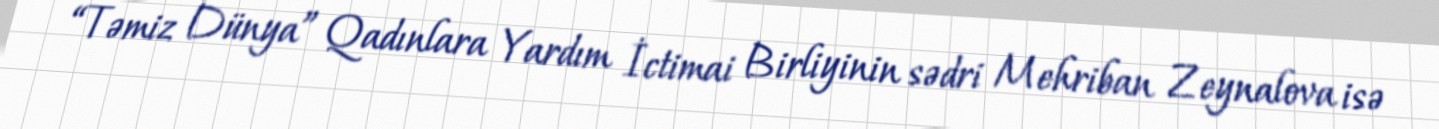
“Təmiz Dünya” Qadınlara Yardım İctimai Birliyinin sədri Mehriban Zeynalova isə